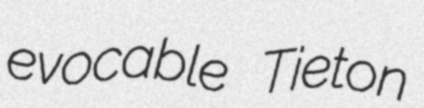
evocable Tieton